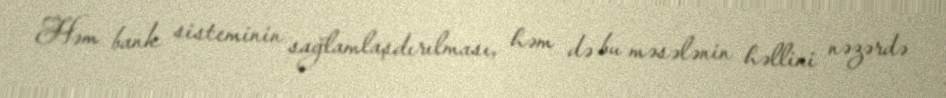
Həm bank sisteminin sağlamlaşdırılması, həm də bu məsələnin həllini nəzərdə